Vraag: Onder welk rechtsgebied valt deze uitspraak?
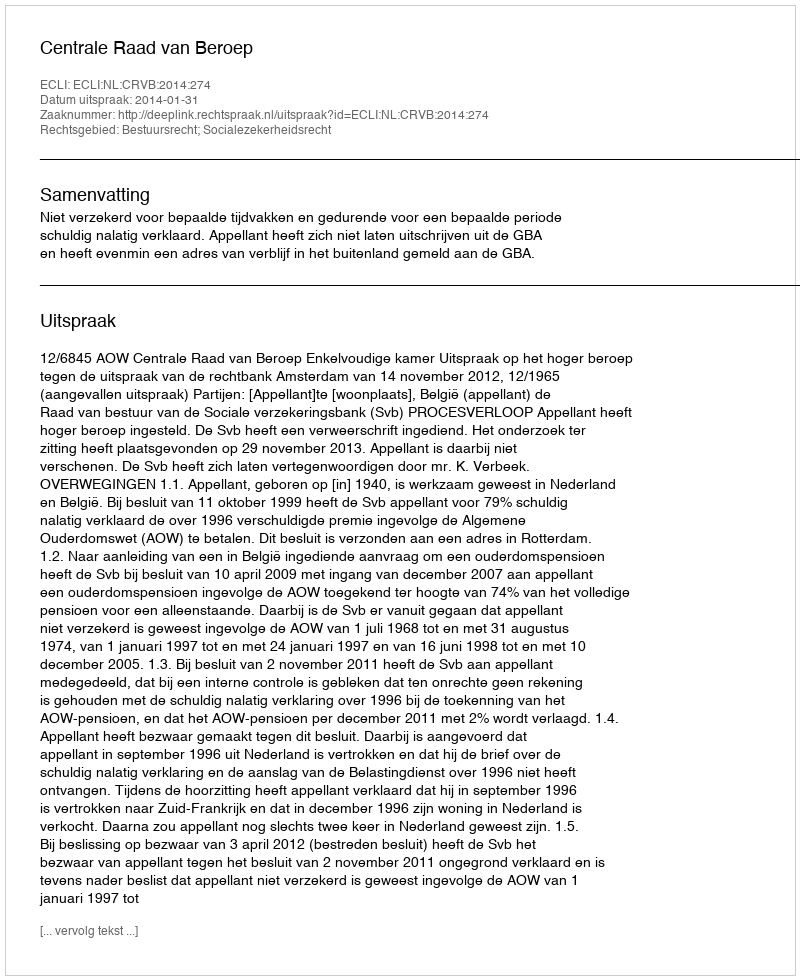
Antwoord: Bestuursrecht; Socialezekerheidsrecht